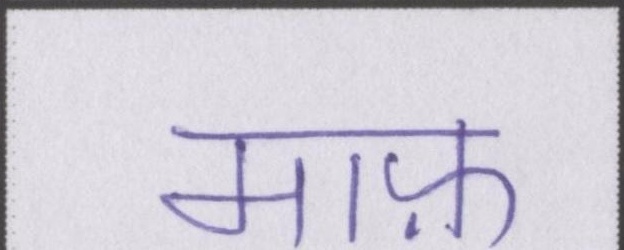
माफ़